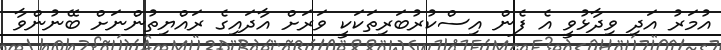
އުމަރު އަދި ވިދާޅުވީ އެ ފެން އިސްކުރުބަރިތަކަކީ ވަރަށް އާދައިގެ ރައްޔިތުންނަށް ބޭނުންވާ